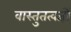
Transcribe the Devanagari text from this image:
वास्तुतत्वज्ञों